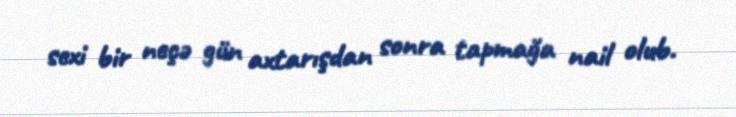
sexi bir neçə gün axtarışdan sonra tapmağa nail olub.